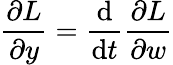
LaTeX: {\frac{\partial{L}}{\partial y}}={\frac{\mathrm{d}}{\mathrm{d}t}}{\frac{\partial{L}}{\partial{w}}}